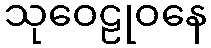
သုဝေဠုဝနေ